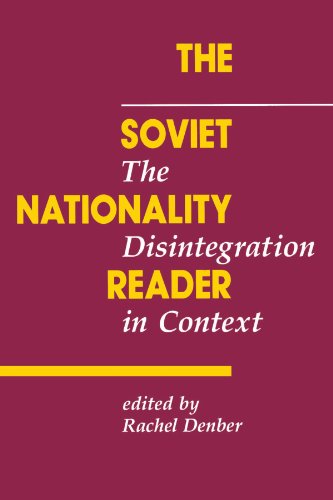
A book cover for The Soviet Nationality Reader: The Disintegration In Context; Rachel Denber; History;